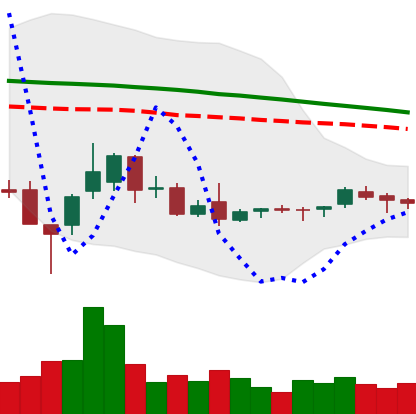
Ticker: ETC-USD
Chart end date: 2018-08-31
Forward return: -7.105%
Label: down_7plus